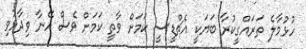
ހުޅުމާލެ ތަރައްގީކުރާ ބަޔަކީ އެޗްޑީސީ ކަމަށް ވާތީ ކަމަށް ވެސް އޭނާ ވިދާޅުވި